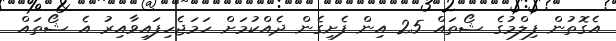
އެގޮތުން ފިލްމުގެ ޝޯތައް 25 އިން ފެށިގެން ދެއްކުމަށް ހަމަޖެހިފައިވާއިރު އެ ޝޯތައް